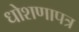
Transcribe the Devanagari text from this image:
धोशणापत्र